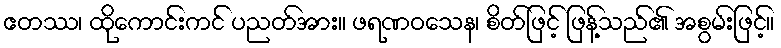
ဧတဿ၊ ထိုကောင်းကင် ပညတ်အား။ ဖရဏဝသေန၊ စိတ်ဖြင့် ဖြန့်သည်၏ အစွမ်းဖြင့်။